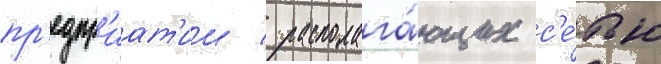
пр'едпр'иат'ии / располага́ющих с'е́тью